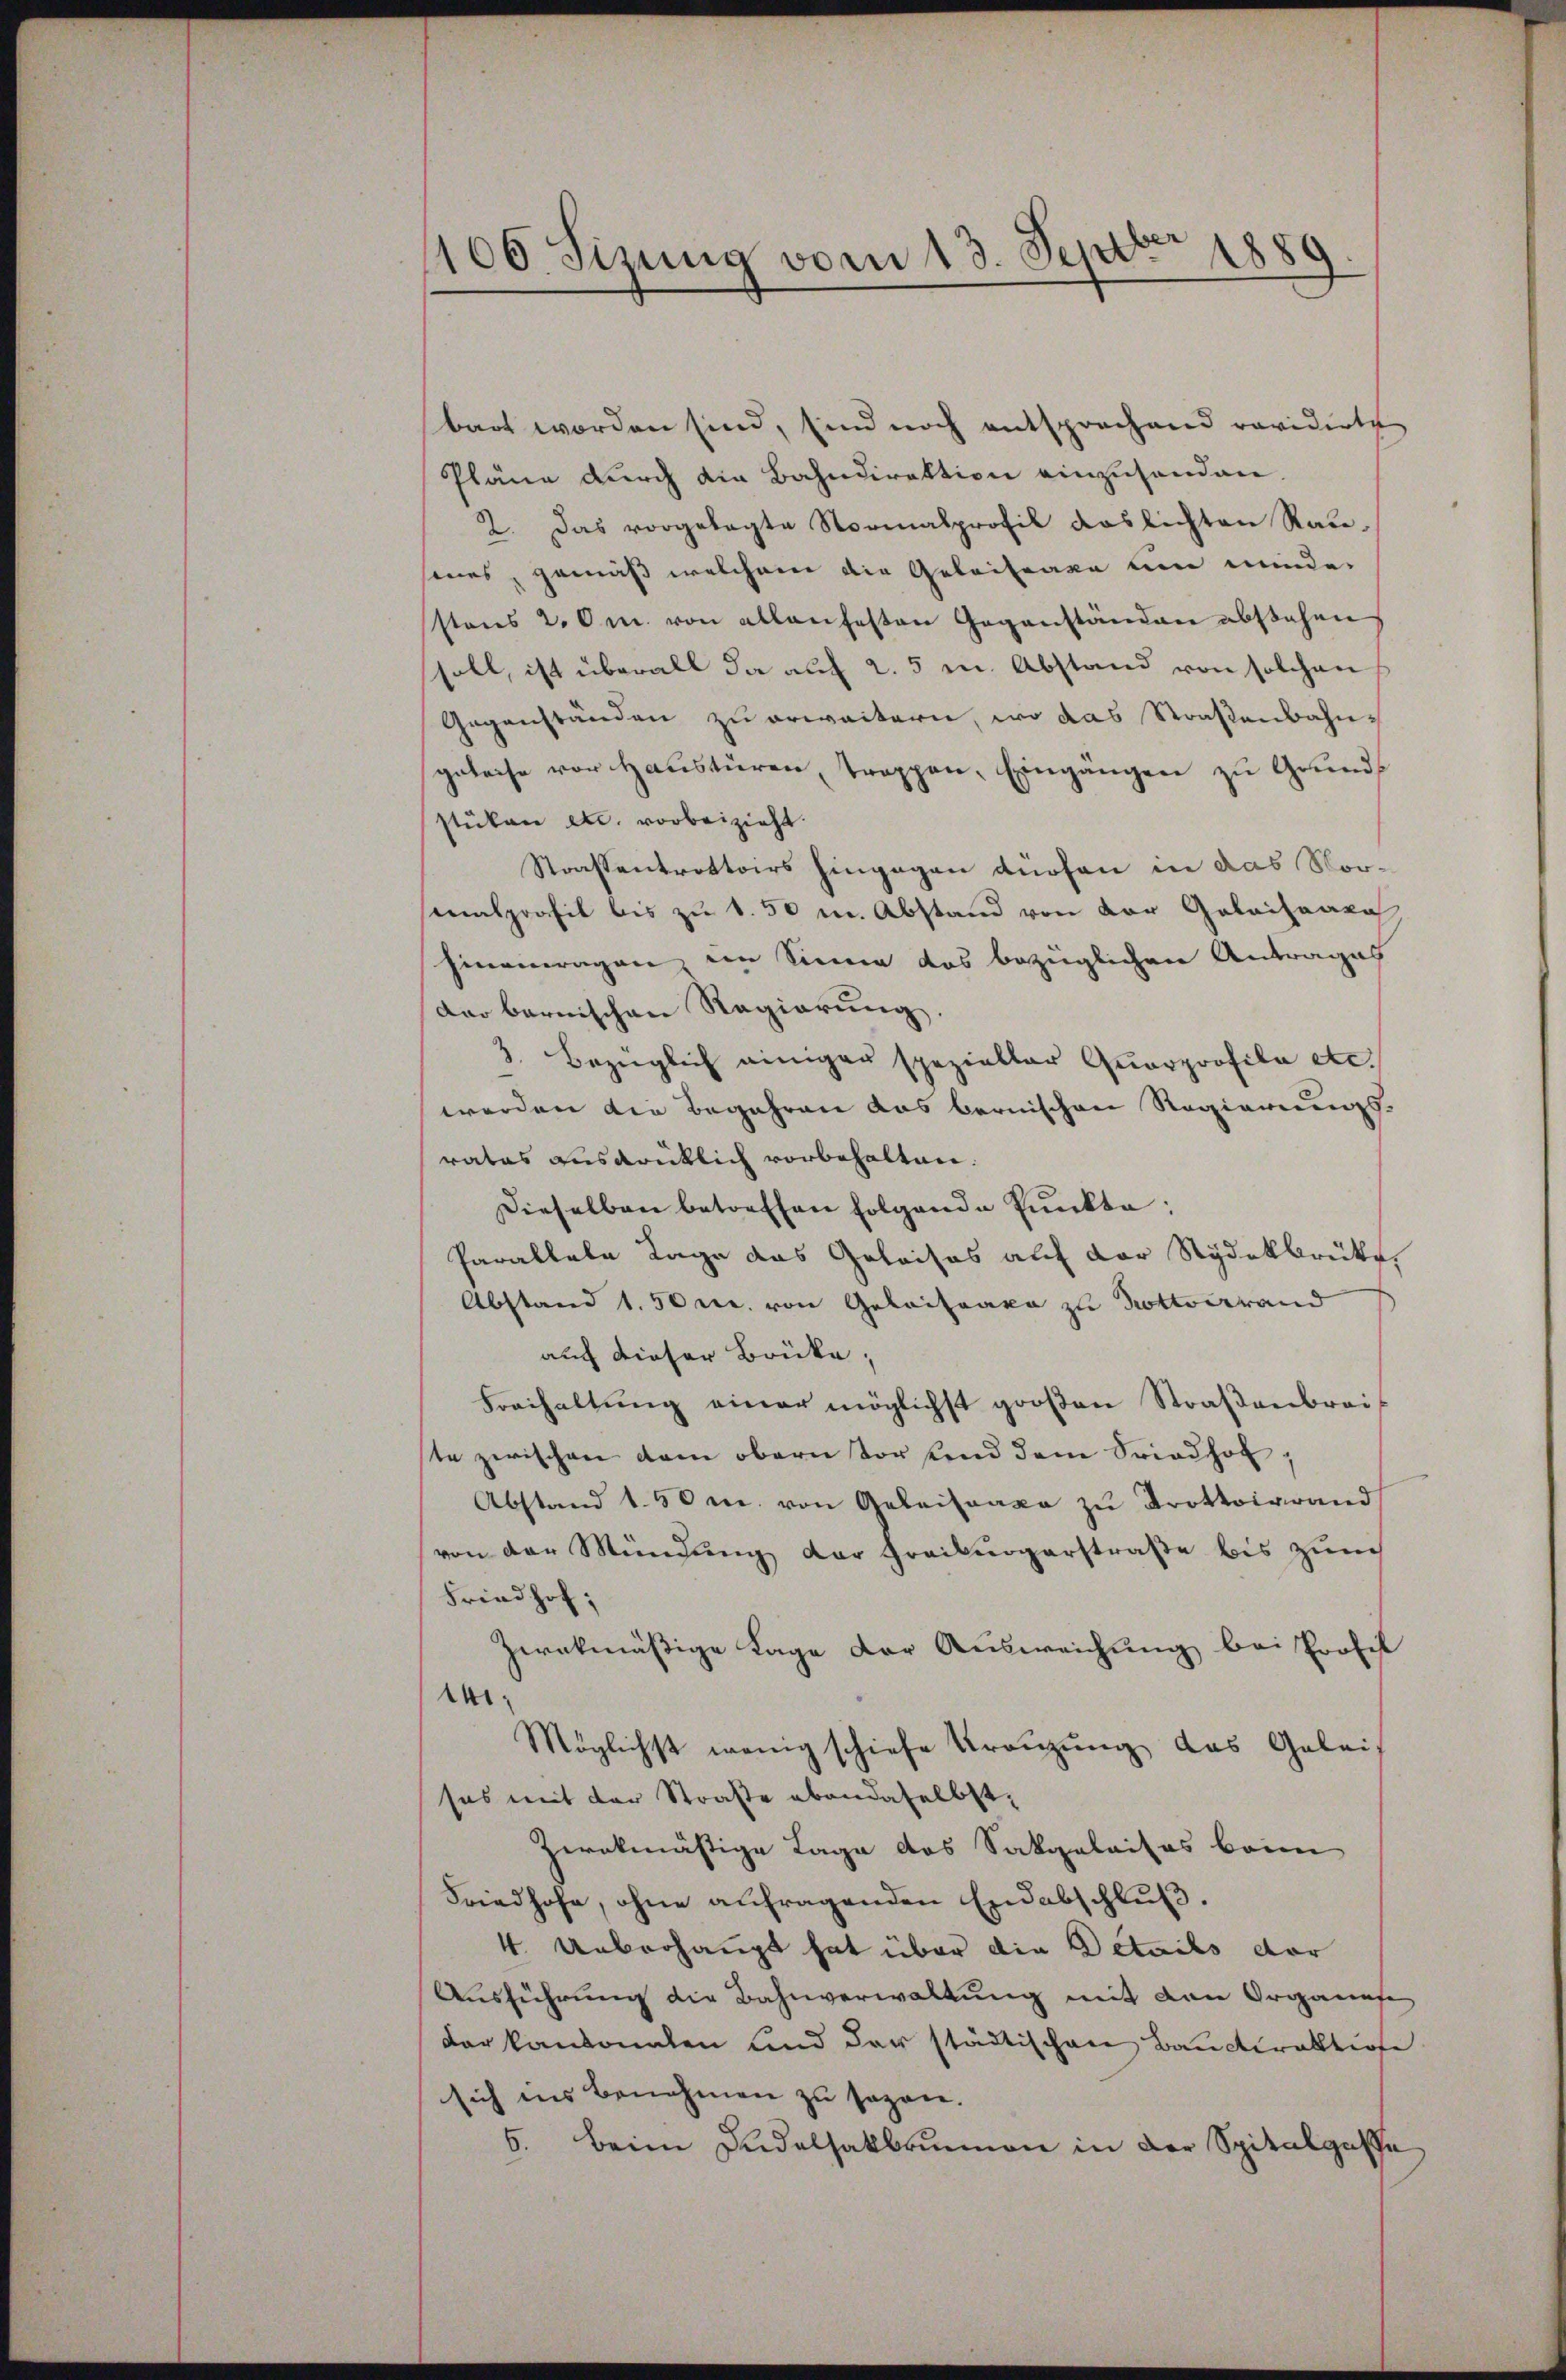
106 Sizung vom 13. Sept. 1889.

bart worden sind, sind noch entsprochend revidirte
Pläne durch die Bahndirektion einzuhanden.
2. Das vorgelegte Normalprofil Roslichten Rausenes, gemäß welchem die Geleitrage um minder
stens 2. Om. von allenfesten Gegenständen abstehen
soll, ist überall da auf 2. 5 m. Abstand von solchen
Gegenständen zu erweitern, wo das Straßenbahngeleise vor Haustüren, troppen, Eingängen zu Grunds
stüken etc. vorbeizieht.
Strassenkrottoirs hingegen dürfen in das Vormalprofil bis zu 1.50 m. Abstand von der Geleihaaka
hineinragen den Sinne das bezüglichen Antrages
dar bernischen Regierung.
3. Bezüglich einiger spezieller Quarprofila etc.
werden die Begehren das bernischen Regierungs-
rates ausdrüklich vorbehalten.
Dieselben betreffen folgende Punkte:
Parallele Tage das Geleises auf der Sydekbrüke
Abstand 1.50 r. von Geleitaxe zu Pottoirrand
auch dieser Brücke,
Freihaltŭng einer möglichst groβen Straβenbrei-
ste zwischen dem obern vortend dem Friedhof,
Abstand 1.50 r. von Geleitaxe zu Krottoirrand
von der Mündŭng der Freiburgerstraβe bis zŭm
Friedhof;
zwekmäßige Lage der Ausweichung bei Profil
1.
Möglichst wenig schiefe Kränzung das Geleis
sas mit der Straße ebendaselbst,
zwekmäßige Lage des Sakgalaises beim
Friedhofe, ohne anfragenden Endabschluß.
4. Ueberhängt hat über die Details dor
Ausführung die Bahnverwaltung mit den Organife
der kantonalen und der städtischen Bauderatiose
sich ins Benehmen zu sezen.
6. beim Endelsatbaumen in der Spitalgasse